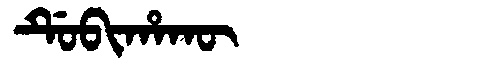
Manchu: ᡩᡠᠪᡳᡥᠠᡴᡡ
Romanization: DUBIHAKŪ